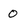
Character: 0